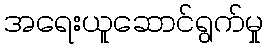
အရေးယူဆောင်ရွက်မှု